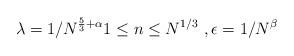
LaTeX: \begin{align*} \lambda = 1/ N^{ \frac{5}{3}+ \alpha } 1 \leq n \leq N^{1/3} \ , \epsilon = 1 /N^\beta \end{align*}